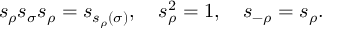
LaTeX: { s } _ { \rho } { s } _ { \sigma } { s } _ { \rho } = { s } _ { s _ { \rho } ( \sigma ) } , \quad { s } _ { \rho } ^ { 2 } = 1 , \quad { s } _ { - \rho } = { s } _ { \rho } .